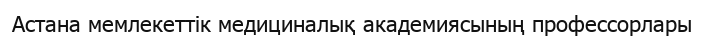
Астана мемлекеттік медициналық академиясының профессорлары